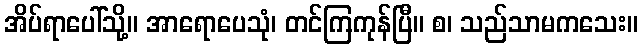
အိပ်ရာပေါ်သို့။ အာရောပေသုံ၊ တင်ကြကုန်ပြီ။ စ၊ သည်သာမကသေး။